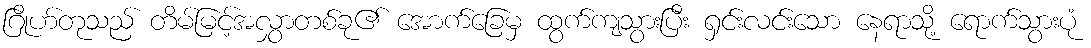
ဂြိုဟ်တုသည် တိမ်မြင့်အလွှာတစ်ခု၏ အောက်ခြေမှ ထွက်ကျသွားပြီး ရှင်းလင်းသော နေရာသို့ ရောက်သွားပုံ